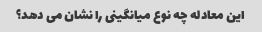
این معادله چه نوع میانگینی را نشان می دهد؟